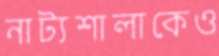
নাট্যশালাকেও